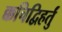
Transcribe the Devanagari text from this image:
क्कचिद्विहर्तुं